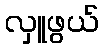
လှူဖွယ်